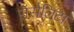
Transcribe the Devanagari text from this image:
रॉसैलिटा